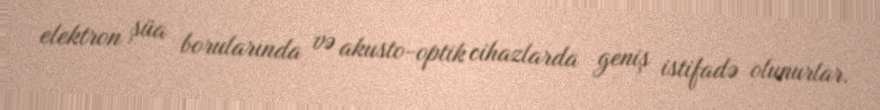
elektron şüa borularında və akusto-optik cihazlarda geniş istifadə olunurlar.